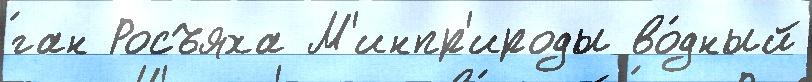
́ган Росъяха М'инпр'ироды во́дный